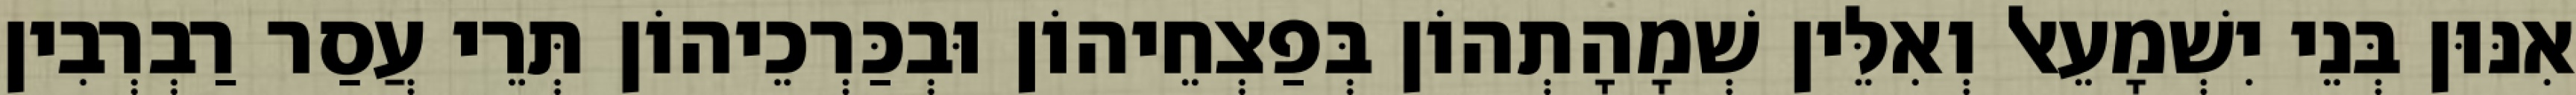
אִנּוּן בְּנֵי יִשְׁמָעֵאל וְאִלֵּין שְׁמָהָתְהוֹן בְּפַצְחֵיהוֹן וּבְכַּרְכֵיהוֹן תְּרֵי עֲסַר רַבְרְבִין